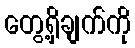
တွေ့ရှိချက်ကို